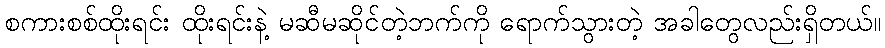
စကားစစ်ထိုးရင်း ထိုးရင်းနဲ့ မဆီမဆိုင်တဲ့ဘက်ကို ရောက်သွားတဲ့ အခါတွေလည်းရှိတယ်။